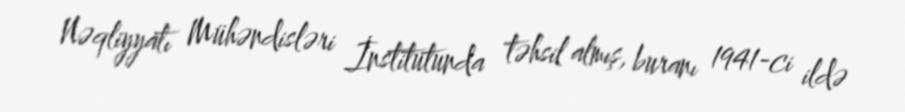
Nəqliyyatı Mühəndisləri İnstitutunda təhsil almış, buranı 1941-ci ildə